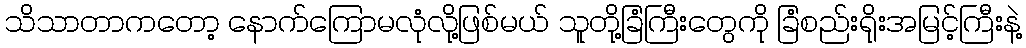
သိသာတာကတော့ နောက်ကြောမလုံလို့ဖြစ်မယ် သူတို့ခြံကြီးတွေကို ခြံစည်းရိုးအမြင့်ကြီးနဲ့